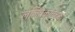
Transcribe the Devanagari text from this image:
ललितकलेच्या